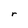
Character: r